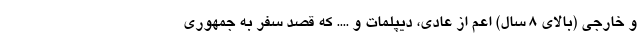
و خارجی (بالای 8 سال) اعم از عادی، دیپلمات و .... که قصد سفر به جمهوری